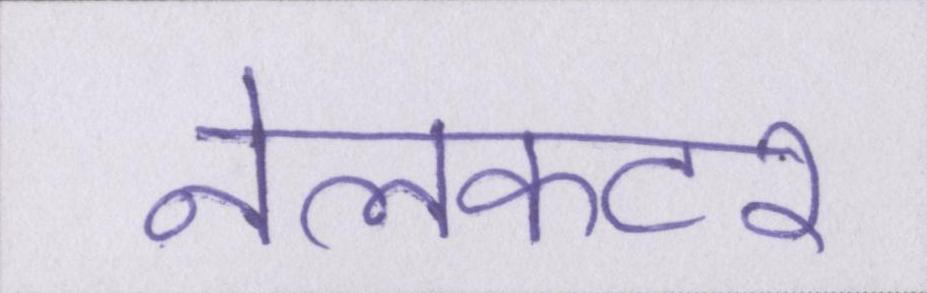
नेलकटर